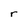
Character: r